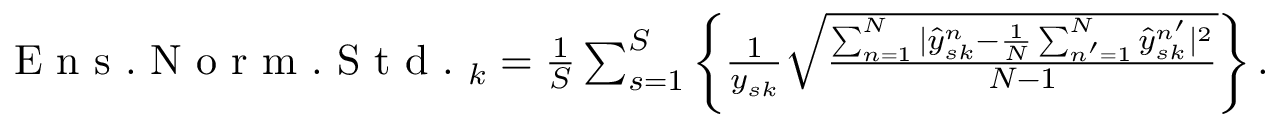
\begin{array} { r } { \mathrm { ~ E ~ n ~ s ~ . ~ N ~ o ~ r ~ m ~ . ~ S ~ t ~ d ~ . ~ } _ { k } = \frac { 1 } { S } \sum _ { s = 1 } ^ { S } \left\{ \frac { 1 } { y _ { s k } } \sqrt { \frac { \sum _ { n = 1 } ^ { N } | \hat { y } _ { s k } ^ { n } - \frac { 1 } { N } \sum _ { n ^ { \prime } = 1 } ^ { N } \hat { y } _ { s k } ^ { n ^ { \prime } } | ^ { 2 } } { N - 1 } } \right\} . } \end{array}